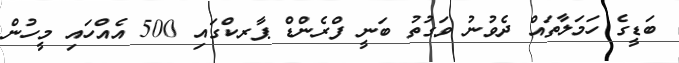
ބަޑީގެ ހަމަލާތައް ދެވުނު ވަގުތު ބަނީ ފްރެންޑް ޕާރކްގައި 500 އެއްހައި މީހުން